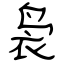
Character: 袅